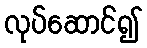
လုပ်ဆောင်၍